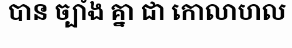
បាន ច្បាំង គ្នា ជា កោលាហល